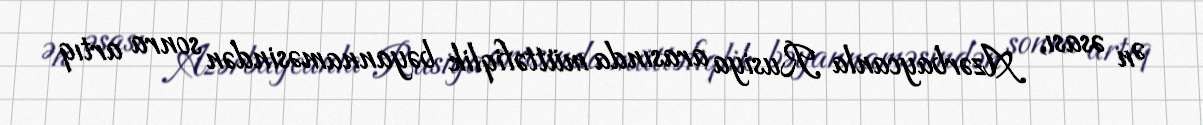
Ən əsası, Azərbaycanla Rusiya arasında müttəfiqlik bəyannaməsindən sonra artıq